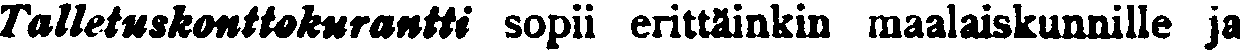
telletuskonttokurantti sopii erittäinkin maalaiskunnille ja